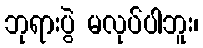
ဘုရားပွဲ မလုပ်ပါဘူး၊